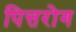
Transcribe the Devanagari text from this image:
पित्तरोग